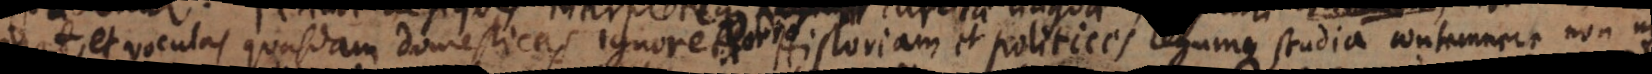
et voculas quasdam domesticas ignoret. Historiam et politices legumque studia contemnere non ni